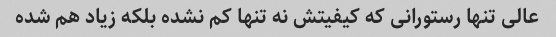
عالی تنها رستورانی که کیفیتش نه تنها کم نشده بلکه زیاد هم شده